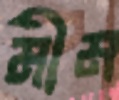
মীম